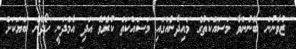
ޒުވާނުން ބޭނުންވާ މަސައްކަތުގެ މައިދާނެއްގައި މަސައްކަތް ކުރެވޭ އަދި އާމްދަނީ ހޯދޭނެ ބަޔަކަށް